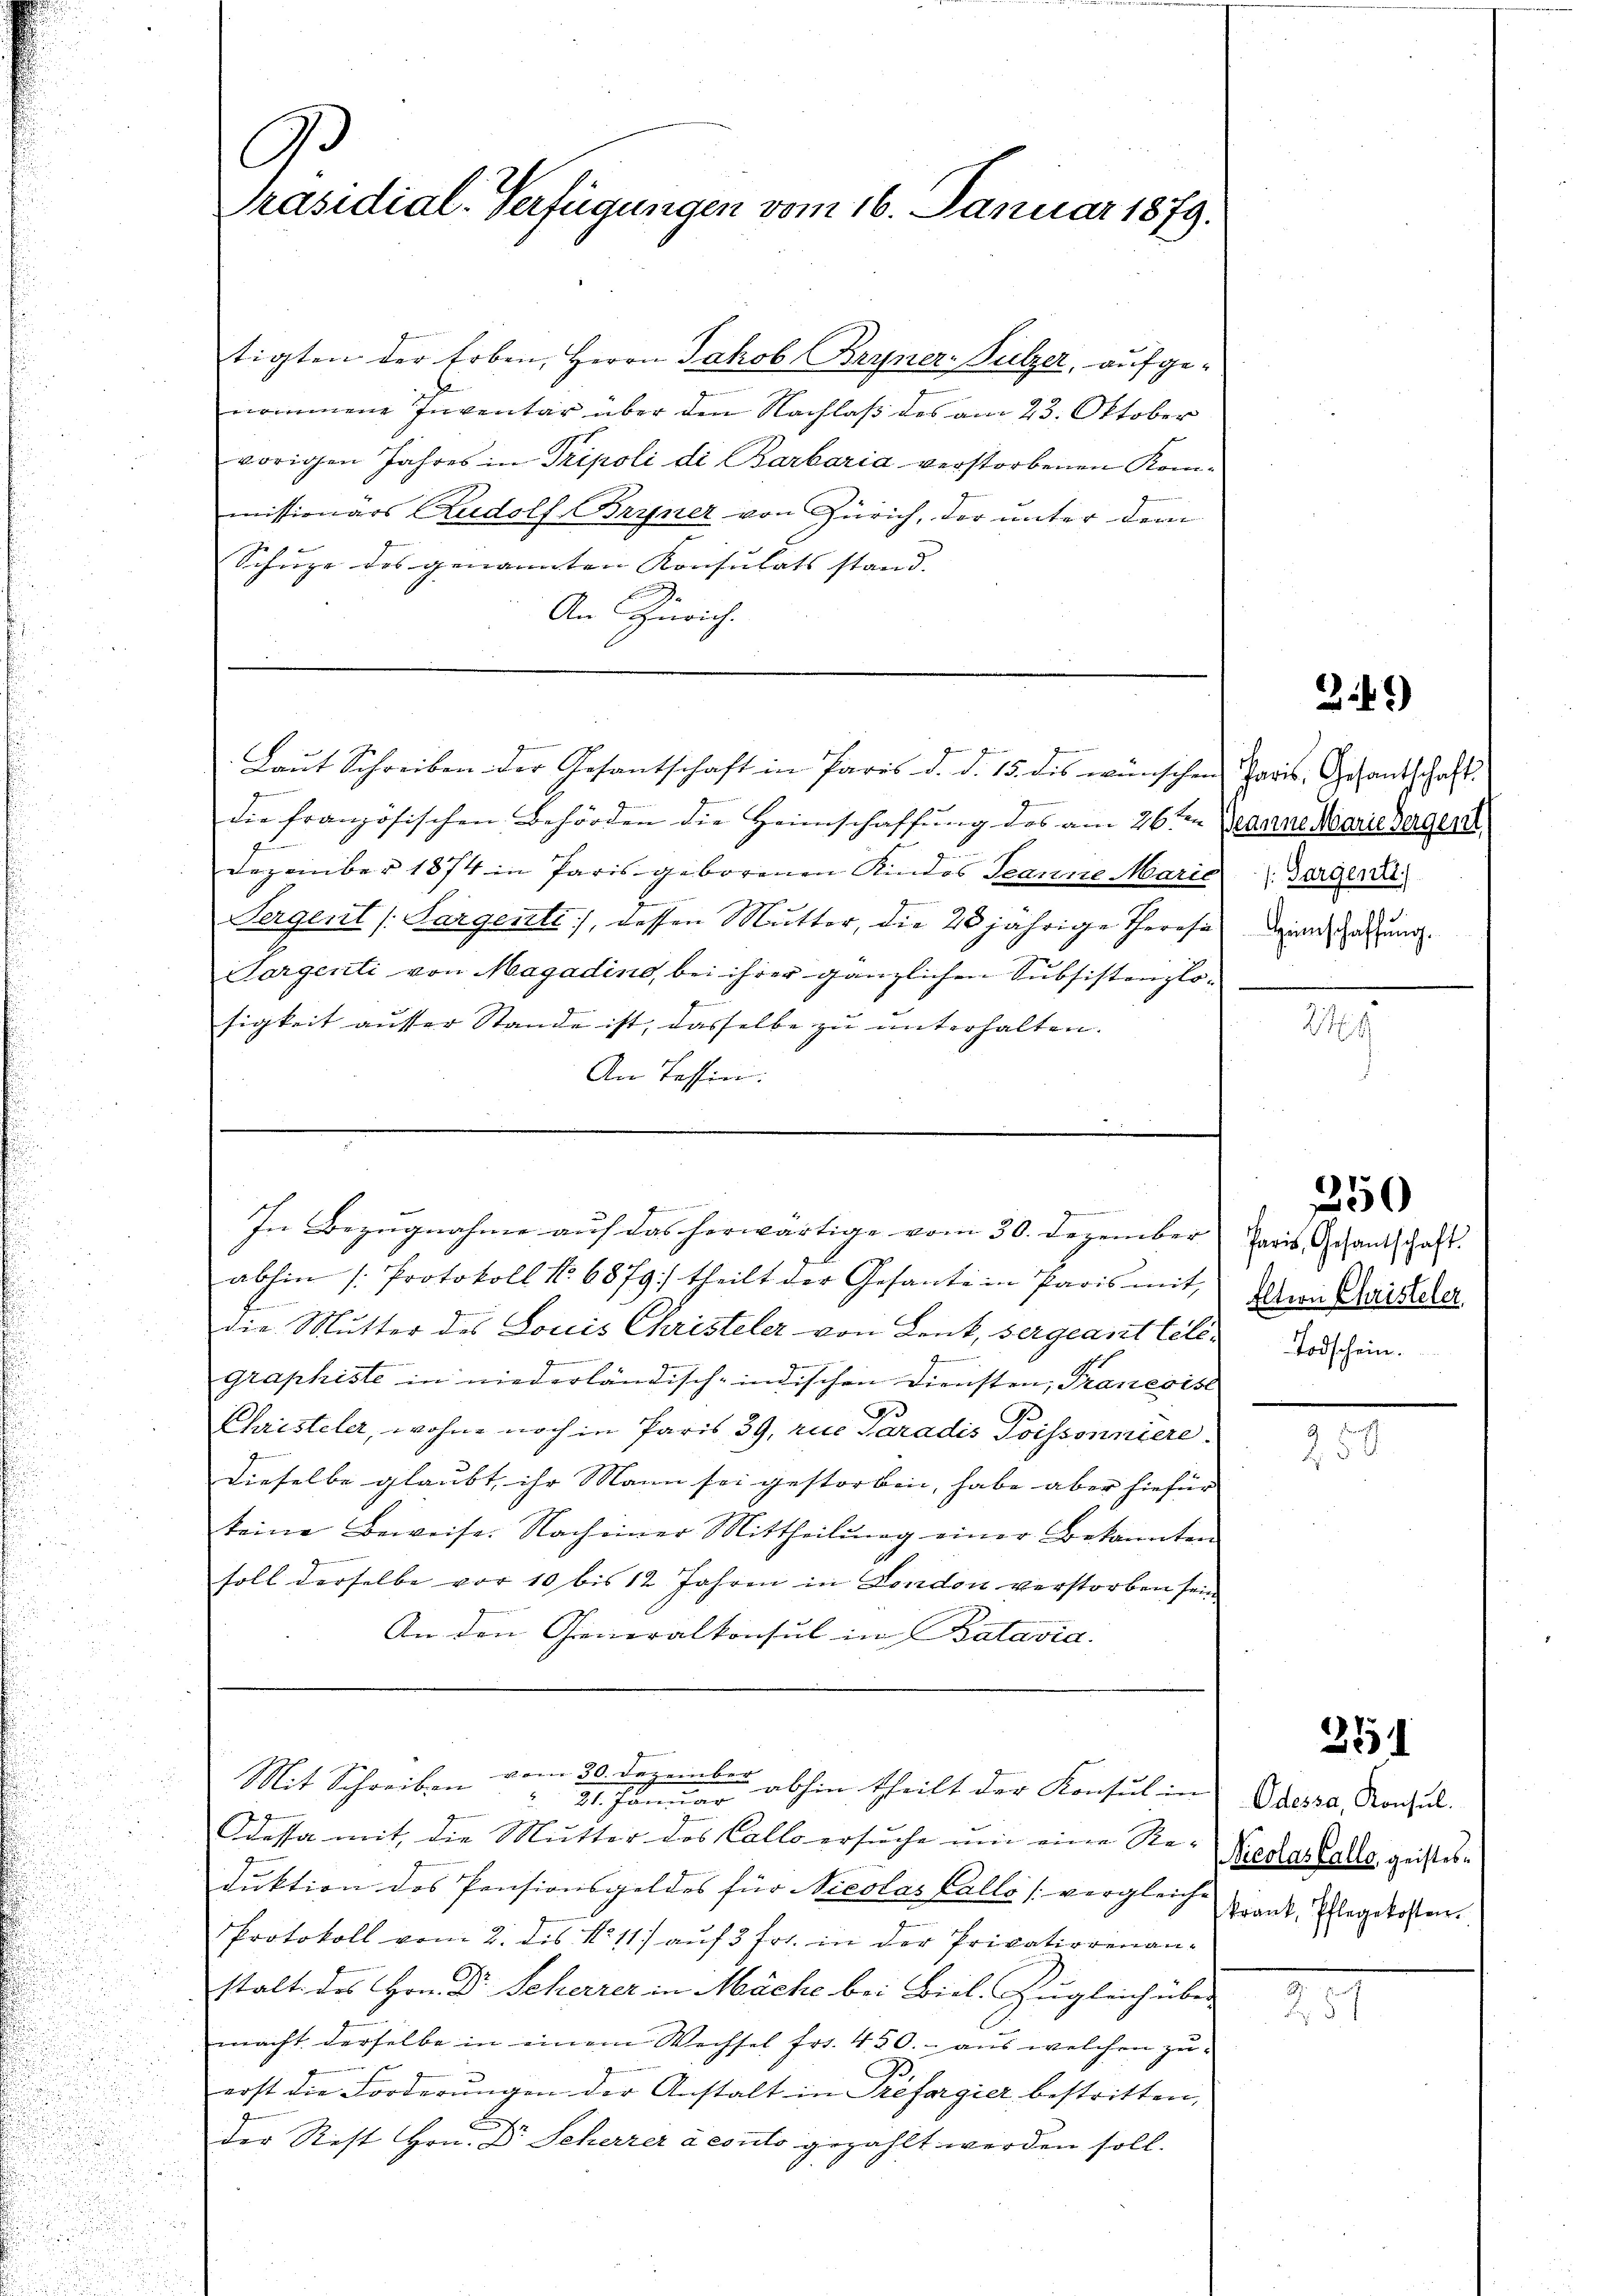
3
Präsidial-Verfügungen vom 16. Januar 1879.

tigten der Erben, Herrn Jakob Bryner-Sulzer, aufgenommene Inventar über den Nachlaß des am 23. Oktober
vorigen Jahres in Tripoli di Barbaria verstorbenen Kommissionars Rudolf Bryner von Zürich, der unter dem
Schuze des genannten Konsulats stand. |
An Zürich.

die französischen Behörden die Heimschaffung des am 26ten Beanne Marie hergerit
Dezember 1874 in Paris geborenen Kindes Jeanne Maria Bargena
Sergent (Sargente], dessen Mutter, die 20jährige Therese deine Ladung
Sorgenti von Magadino, bei ihrer gänzlichen Subsistenzlosigkeit ausser Stande ist, dasselbe zu unterhalten.
An Tessin:

Laŭt Schreiben der Gesantschaft in Paris d. d. 15. des wünschen Paris, Gesantschaft

abhin /: Protokoll No 6879) theilt der Gesante in Paris mit den Quittela
die Mutter des Louis Christeler von Lenk, vergeant telegraphiste in niederländisch-indischen Diensten, Tranerist
Christeler, wohne noch in Paris 39, rie Paradis Poissonniere
dieselbe glaubt, ihr Mann sei gestorben, habe aber hiefür |
keine Beweise. Nach einer Mittheilung einer bekannten
soll derselbe vor 10 bis 12 Jahren in London verstorben sein
An den Generalkonsul in Batavia.

2 vernen
n
In Bezugnahme auf das herwärtige vom 30. Dezember Paris Schantschaft

vom 30. Dezember
Mit Schreiben
 abhin theilt der Konsul in |
 24. Januar

Odessa mit, die Mutter des Collo ersuche um eine Re-
duktion des Pensionsgeldes für Nicolas Callo [vergleiche
Protokoll vom 2. des No 11) auf 3 Fr. in der Privationenan-
stalt des Hrn. Dr. Seherrer in Mäche bei Biel. Zugleich über-
macht derselbe in einem Wechsel fr. 450. aus welchen zuerst die Forderungen der Anstalt in Préfargier bestritten,
der Rest Hrn. Dr Scherrer à couls gezahlt werden soll.

249

Todschein.

349)

2

250

.

3151

Odessa, Konsul.
Nicolas Callo, geistes.
krank, Pflegekosten.